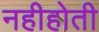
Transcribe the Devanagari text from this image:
नहीहोती